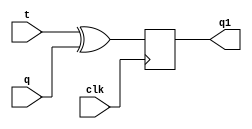
`timescale 1ns / 1ps
//////////////////////////////////////////////////////////////////////////////////
// Company: 
// Engineer: 
// 
// Design Name: 
// Module Name: t
// Project Name: 
// Target Devices: 
// Tool Versions: 
// Description: 
// 
// Dependencies: 
// 
// Revision:
// Revision 0.01 - File Created
// Additional Comments:
// 
//////////////////////////////////////////////////////////////////////////////////


module t(
input t,q,clk,
output reg q1
    );
    always@(posedge clk)
    begin
    q1=t^q;
    end
endmodule